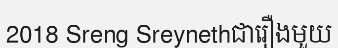
2018 Sreng Sreynethជារឿងមួយ